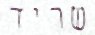
שריד